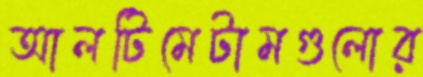
আলটিমেটামগুলোর